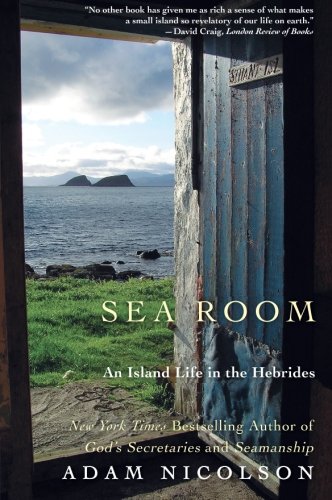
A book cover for Sea Room: An Island Life in the Hebrides; Adam Nicolson; Travel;